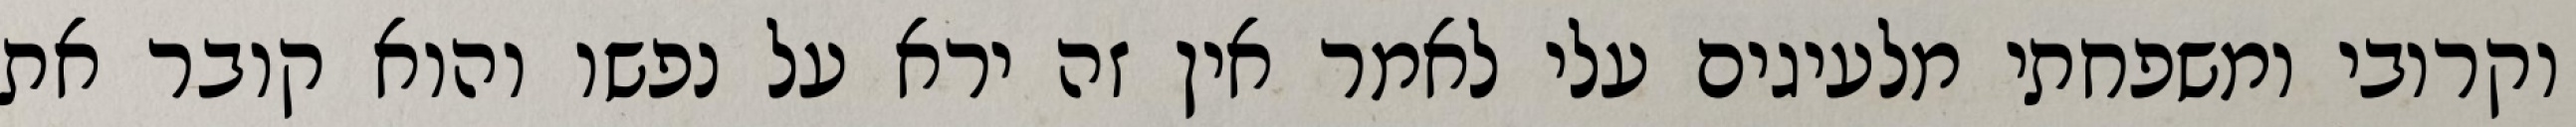
וקרובי ומשפחתי מלעיגים עלי לאמר אין זה ירא על נפשו והוא קובר את